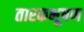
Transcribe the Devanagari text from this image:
तारकभूषण